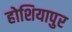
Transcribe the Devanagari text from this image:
होशियापुर